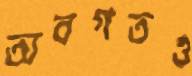
অবগতও